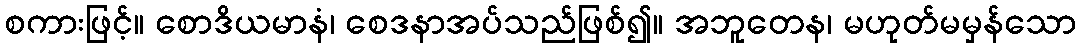
စကားဖြင့်။ စောဒိယမာနံ၊ စေဒနာအပ်သည်ဖြစ်၍။ အဘူတေန၊ မဟုတ်မမှန်သော